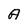
Character: A